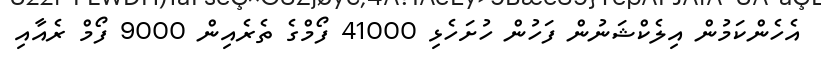
އެހެންކަމުން އިލެކްޝަނުން ފަހުން ހުށަހެޅި 41000 ފޯމްގެ ތެރެއިން 9000 ފޯމް ރެއާއި